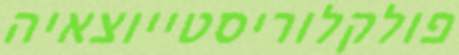
פולקלוריסטייוצאיה